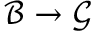
{ \mathcal { B } } \to { \mathcal { G } }